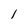
Character: 1